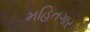
મહિતગાર